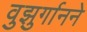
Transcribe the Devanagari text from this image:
वुझुर्गानने